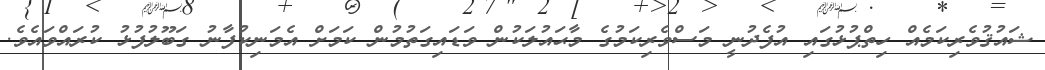
ޝައުޤުވެރިކަމެއް ހިތްޕުޅުގައި އުފެދުނީ މަސްވެރިކަމުގެ މާޙައުލަކުން ވަޑައިގަތުމުން ކަމަށް އެމަނިކުފާނު ގަބޫލުފުޅު ކުރައްވައެވެ.